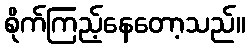
စိုက်ကြည့်နေတော့သည်။